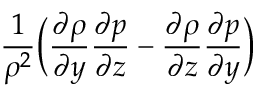
\frac { 1 } { \rho ^ { 2 } } \bigg ( \frac { \partial \rho } { \partial y } \frac { \partial p } { \partial z } - \frac { \partial \rho } { \partial z } \frac { \partial p } { \partial y } \bigg )